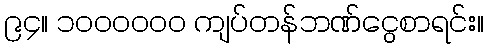
၉၄။ ၁၀၀၀၀၀၀ ကျပ်တန်ဘဏ်ငွေစာရင်း။